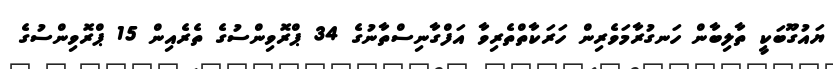
ޔައުގޫބަކީ ތާލިބާން ހަނގުރާމަވެރިން ހަރަކާތްތެރިވާ އަފްގާނިސްތާނުގެ 34 ޕްރޮވިންސުގެ ތެރެއިން 15 ޕްރޮވިންސުގެ